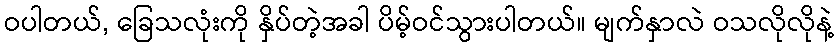
ဝပါတယ်, ခြေသလုံးကို နှိပ်တဲ့အခါ ပိမ့်ဝင်သွားပါတယ်။ မျက်နှာလဲ ဝသလိုလိုနဲ့